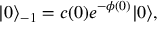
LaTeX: | 0 \rangle _ { - 1 } = c ( 0 ) e ^ { - \phi ( 0 ) } | 0 \rangle ,